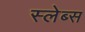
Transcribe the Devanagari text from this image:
स्लेब्स